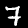
Label: 7